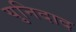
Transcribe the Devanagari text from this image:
युनिदाद